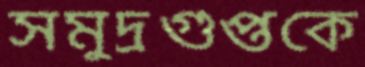
সমুদ্রগুপ্তকে